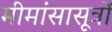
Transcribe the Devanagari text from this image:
मीमांसासूत्रों